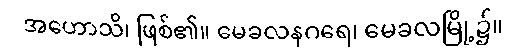
အဟောသိ၊ ဖြစ်၏။ မေခလနဂရေ၊ မေခလမြို့၌။